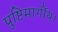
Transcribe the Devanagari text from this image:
पुष्टिमार्गीय।